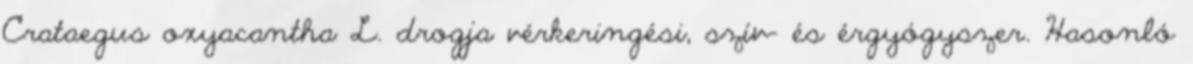
Crataegus oxyacantha L. drogja vérkeringési, szív- és érgyógyszer. Hasonló